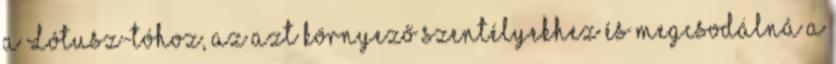
a Lótusz-tóhoz, az azt környező szentélyekhez és megcsodálná a